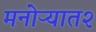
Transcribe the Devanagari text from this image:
मनोऱ्यात२